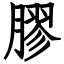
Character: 膠